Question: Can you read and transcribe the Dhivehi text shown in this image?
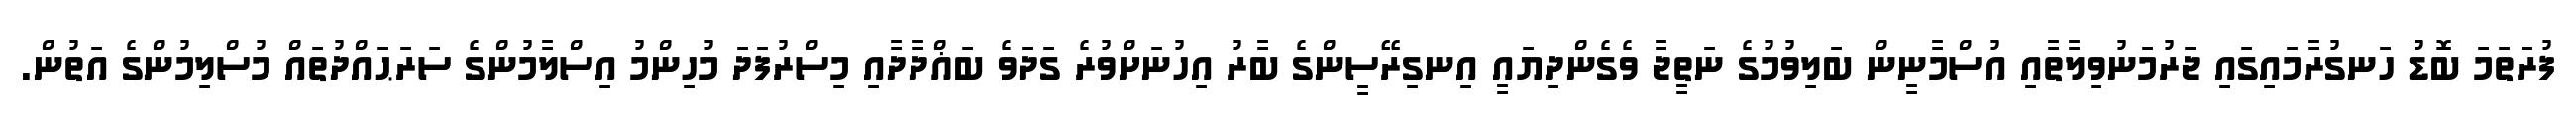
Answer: ފުރަތަމަ ބޮޑު ހަނގުރާމައިގައި ޖަރުމަނުވިލާތާއި އުސްމާނީން ބަލިވުމުގެ ނަތީޖާ ވެގެންދިޔައީ އިނގިރޭސީންގެ ބާރު އިހުނަށްވުރެ ގަދަވެ ބަޣްދާދާއި މިސްރުފަދަ މުހިންމު އިސްލާމުންގެ ސަރަޙައްދުތައް މުސްލިމުންގެ އަތުން.